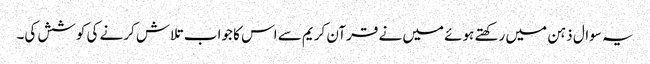
یہ سوال ذہن میں رکھتے ہوئے میں نے قرآن کریم سے اس کا جواب تلاش کرنے کی کوشش کی۔